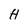
Character: H